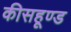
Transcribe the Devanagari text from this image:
कीसहूण्ड